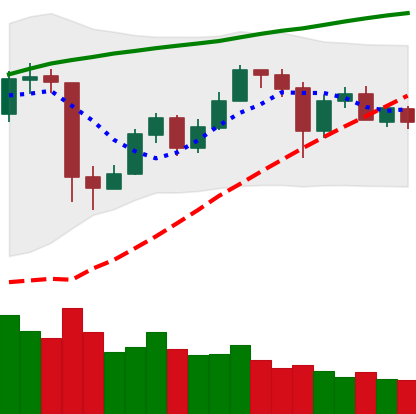
Ticker: ETH-USD
Chart end date: 2020-05-26
Forward return: 14.4%
Label: up_7plus